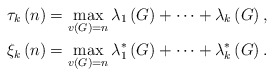
\begin{align*}\tau_{k}\left( n\right) & =\max_{v\left( G\right) =n}\lambda_{1}\left(G\right) +\cdots+\lambda_{k}\left( G\right) ,\\\xi_{k}\left( n\right) & =\max_{v\left( G\right) =n}\lambda_{1}^{\ast}\left( G\right) +\cdots+\lambda_{k}^{\ast}\left( G\right) .\end{align*}